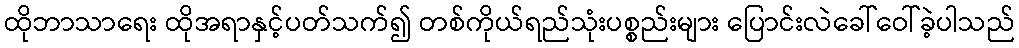
ထိုဘာသာရေး ထိုအရာနှင့်ပတ်သက်၍ တစ်ကိုယ်ရည်သုံးပစ္စည်းများ ပြောင်းလဲခေါ်ဝေါ်ခဲ့ပါသည်